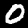
Label: 0